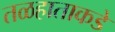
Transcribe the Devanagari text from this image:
तळहाताकडे